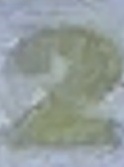
2